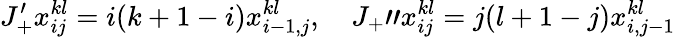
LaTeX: J_{+}^{\prime}x_{ij}^{kl}=i(k+1-i)x_{i-1,j}^{kl},\quad J_{+}"x_{ij}^{kl}=j(l+1-j)x_{i,j-1}^{kl}